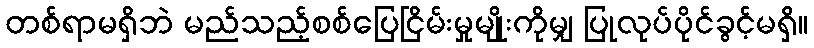
တစ်ရာမရှိဘဲ မည်သည့်စစ်ပြေငြိမ်းမှုမျိုးကိုမျှ ပြုလုပ်ပိုင်ခွင့်မရှိ။